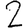
Digit: 2